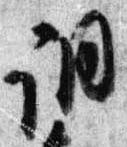
調